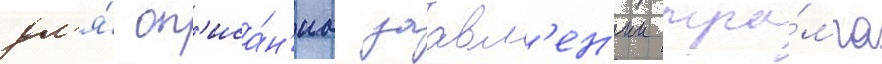
дл'я́ оп'иса́н'иа заавл'ен'ии тра́мпа